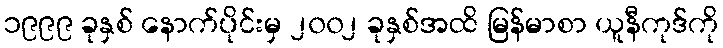
၁၉၉၉ ခုနှစ် နောက်ပိုင်းမှ ၂၀၀၂ ခုနှစ်အထိ မြန်မာစာ ယူနီကုဒ်ကို